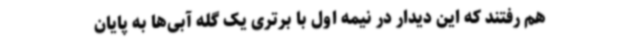
هم رفتند که این دیدار در نیمه اول با برتری یک گله آبی‌ها به پایان